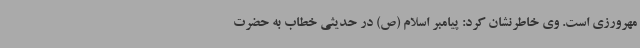
مهرورزی است. وی خاطرنشان کرد: پیامبر اسلام (ص) در حدیثی خطاب به حضرت